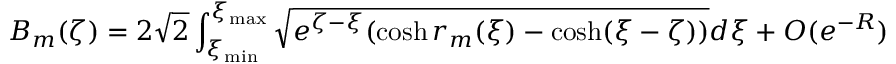
B _ { m } ( \zeta ) = 2 \sqrt { 2 } \int _ { \xi _ { \operatorname* { m i n } } } ^ { \xi _ { \operatorname* { m a x } } } \sqrt { e ^ { \zeta - \xi } ( \cosh r _ { m } ( \xi ) - \cosh ( \xi - \zeta ) ) } d \xi + O ( e ^ { - R } )